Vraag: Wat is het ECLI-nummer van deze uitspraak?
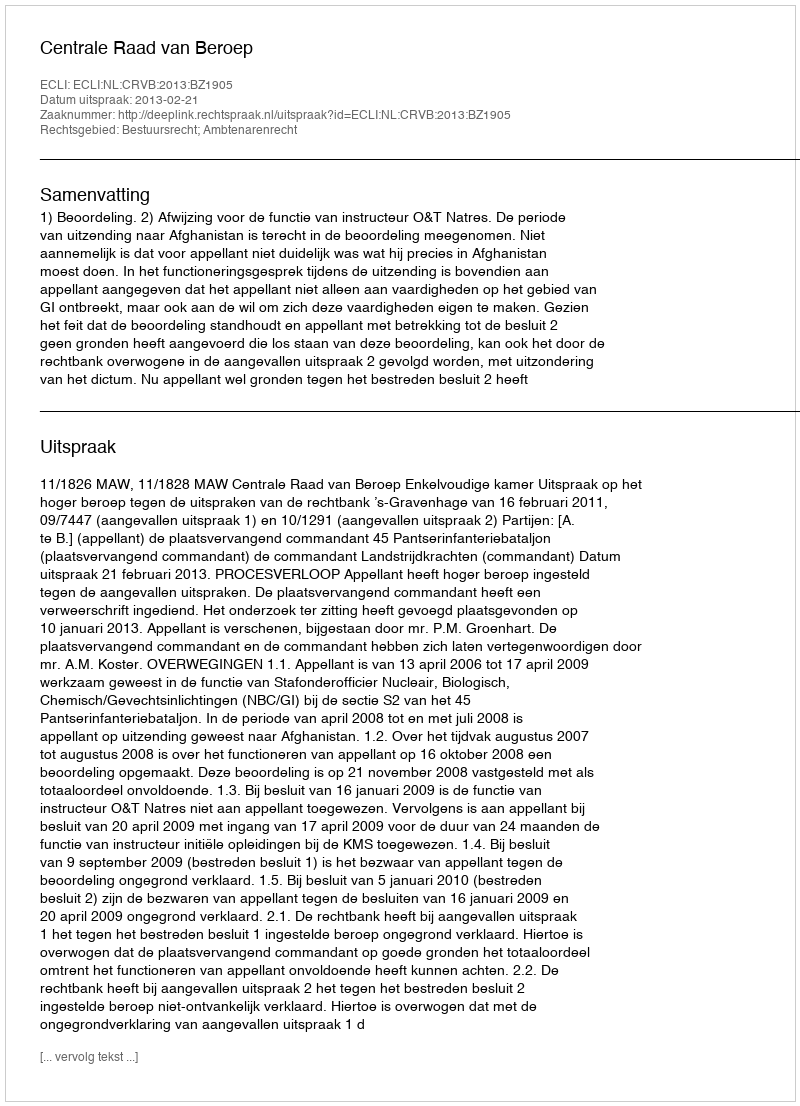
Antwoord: ECLI:NL:CRVB:2013:BZ1905